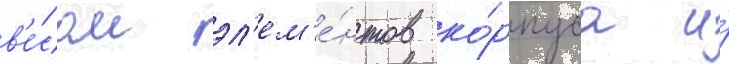
в'е́сом эл'ем'е́нтов ко́рпуса и́